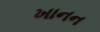
ખાનન